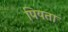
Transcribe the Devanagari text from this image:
पियता